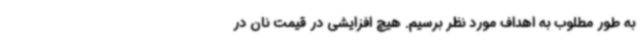
به طور مطلوب به اهداف مورد نظر برسیم. هیچ افزایشی در قیمت نان در